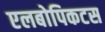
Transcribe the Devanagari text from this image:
एलबोपिकटस